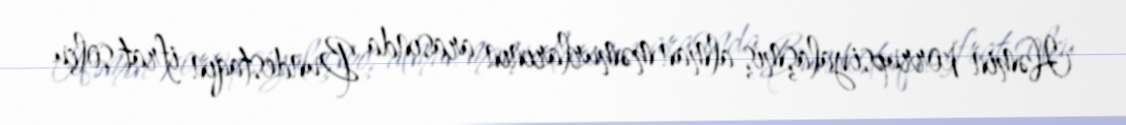
Həmin korrupsiyalaşmış alman məmurlarının arasında Bundestaqın ifrat solçu